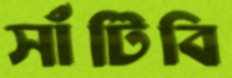
সাঁটিবি